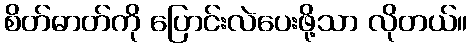
စိတ်ဓာတ်ကို ပြောင်းလဲပေးဖို့သာ လိုတယ်။